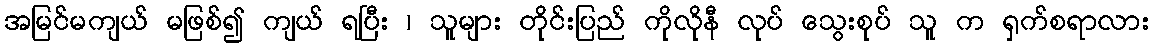
အမြင်မကျယ် မဖြစ်၍ ကျယ် ရပြီး ၊ သူများ တိုင်းပြည် ကိုလိုနီ လုပ် သွေးစုပ် သူ က ရှက်စရာလား